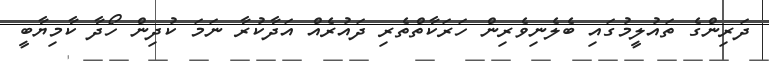
ދަރިންގެ ތައުލީމުގައި ބެލެނިވެރިން ހަރަކާތްތެރި ދައުރެއް އަދާކުރާ ނަމަ ކުދިން ހޯދާ ކާމިޔާބީ